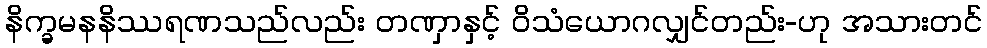
နိက္ခမနနိဿရဏသည်လည်း တဏှာနှင့် ဝိသံယောဂလျှင်တည်း-ဟု အသားတင်